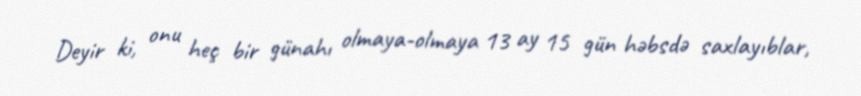
Deyir ki, onu heç bir günahı olmaya-olmaya 13 ay 15 gün həbsdə saxlayıblar,